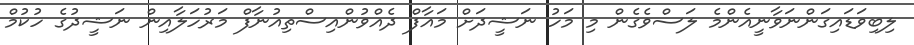
ލިބިވަޑައިގަންނަވާނީއެންމެ ލަސްވެގެން މި މަހު ނަޝީދަށް މައާފް ދެއްވުންއިސްތިއުނާފް މަރުހަލާއިން ނަޝީދުގެ ހުކުމް